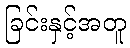
ခြင်းနှင့်အတူ